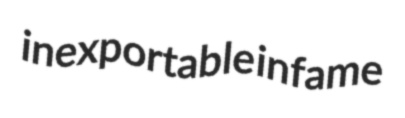
inexportable infame